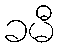
ခမီ